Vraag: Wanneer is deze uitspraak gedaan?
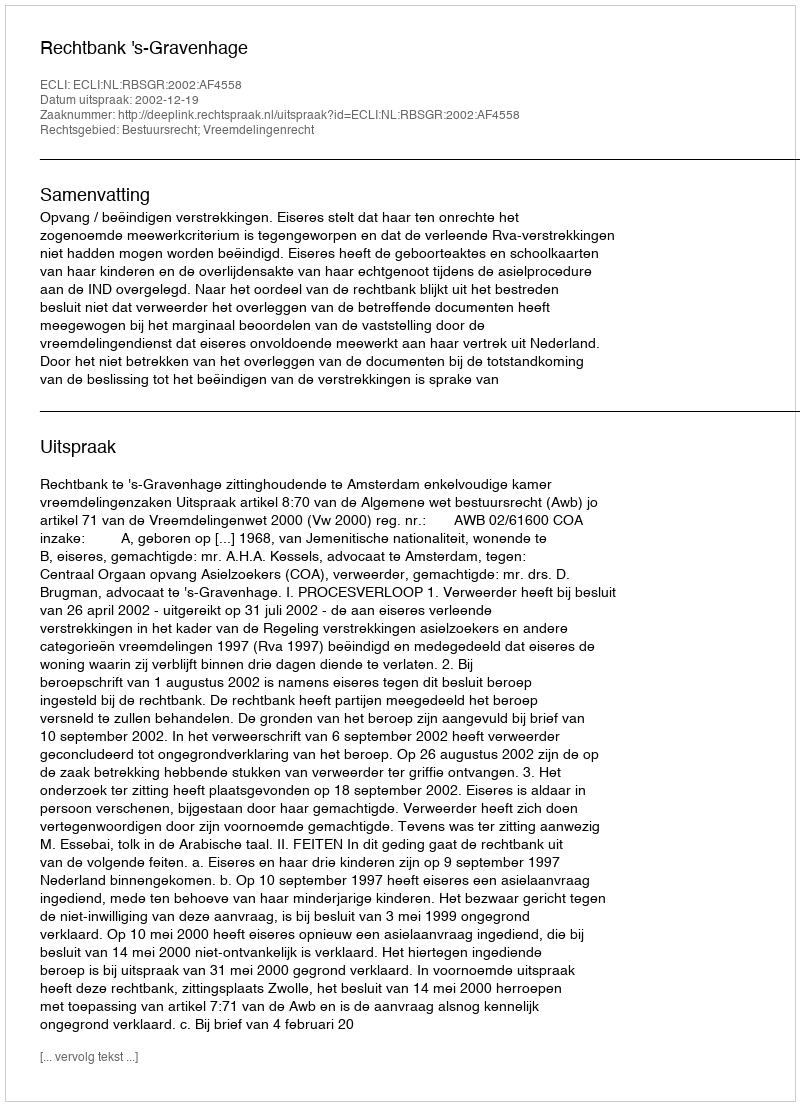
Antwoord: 2002-12-19